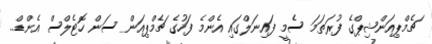
ޗެމްޕިއަންޝިޕްގެ ފުރަތަމަ ސެމީ ފައިނަލްގައި އެންމެ ފަހުގެ ޗެމްޕިއަން ސަން ހޮޓެލްސް އެންޑް..